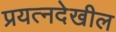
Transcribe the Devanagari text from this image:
प्रयत्‍नदेखील